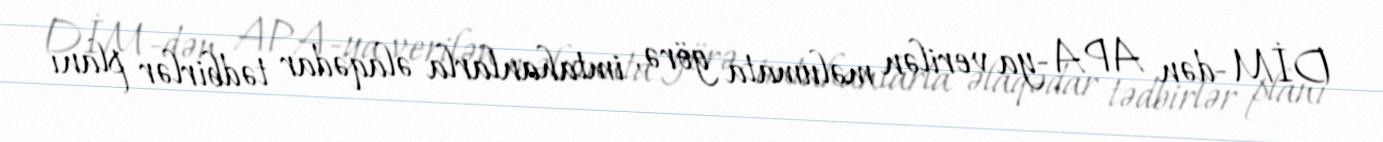
DİM-dən APA-ya verilən məlumata görə, imtahanlarla əlaqədar tədbirlər planı